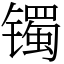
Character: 镯